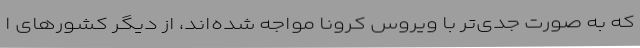
که به صورت جدی‌تر با ویروس کرونا مواجه شده‌اند، از دیگر کشورهای ا